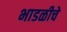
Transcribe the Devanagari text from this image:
भाडळीचे